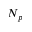
N _ { p }